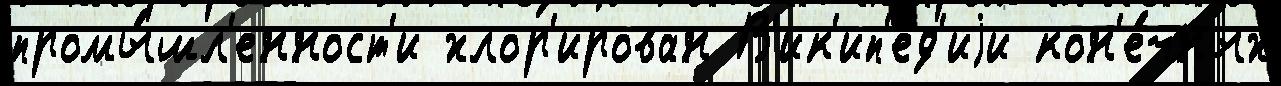
промы́шл'енност'и хлор'ирован В'ик'ип'е́д'иjи кон'е́чных